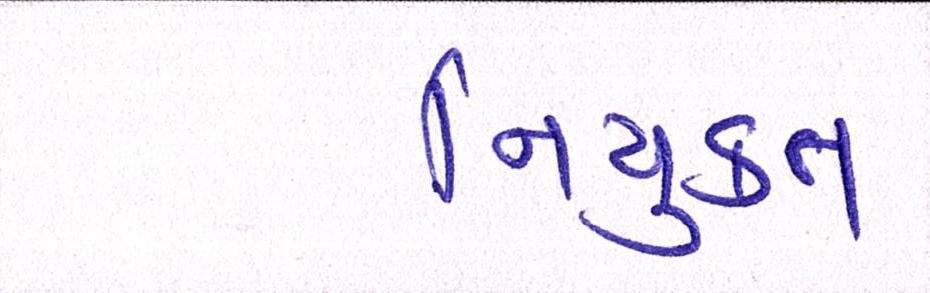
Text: નિયુકત